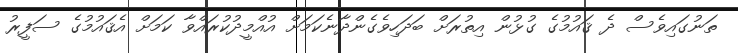
ތަނުގައިވެސް ދެ ޤައުމުގެ ގުޅުން އިތުރަށް ބަދަހިވެގެންދާނެކަމަށް އުއްމީދުކުރައްވާ ކަމަށް އެޤައުމުގެ ސަފީރު